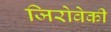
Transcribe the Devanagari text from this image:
जिरोवेकी